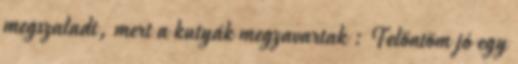
megszaladt, mert a kutyák megzavartak : Felöntöm jó egy